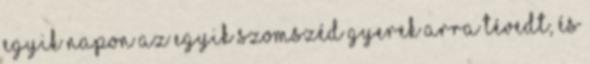
egyik napon az egyik szomszéd gyerek arra tévedt, és